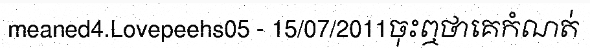
meaned4.Lovepeehs05 - 15/07/2011ចុះឮថាគេកំណត់